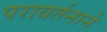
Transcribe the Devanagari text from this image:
परावर्तनाने